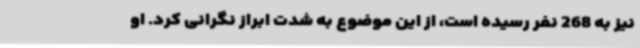
نیز به 268 نفر رسیده است، از این موضوع به شدت ابراز نگرانی کرد. او